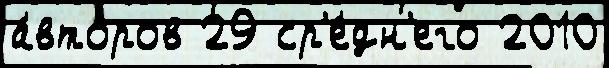
а́второв 29 ср'е́дн'его 2010